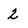
Character: 2